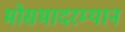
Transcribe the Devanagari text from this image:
मोसमादरम्यान